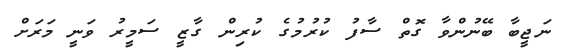
ނަޖީބާ ބޭނުންވާ ގޮތް ސާފު ކުރުމުގެ ކުރިން ގާޒީ ސަމީރު ވަނީ މަރަށް